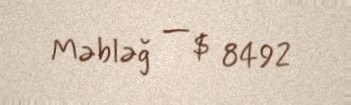
Məbləğ — $ 8492